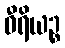
ဝီရိယဉ္စ